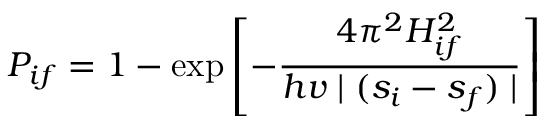
P _ { i f } = 1 - \exp \left[ - { \frac { 4 \pi ^ { 2 } { H _ { i f } ^ { 2 } } } { h v \mid ( s _ { i } - s _ { f } ) \mid } } \right]